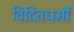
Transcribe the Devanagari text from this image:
विदितधर्मौ